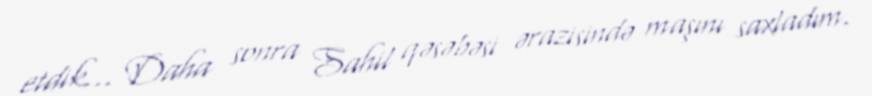
etdik... Daha sonra Sahil qəsəbəsi ərazisində maşını saxladım.